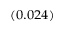
_ { ( 0 . 0 2 4 ) }